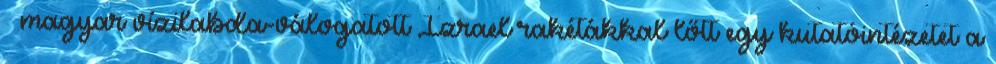
– magyar vízilabda-válogatott Izrael rakétákkal lőtt egy kutatóintézetet a